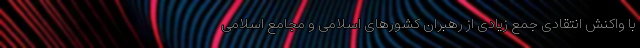
با واکنش انتقادی جمع زیادی از رهبران کشورهای اسلامی و مجامع اسلامی